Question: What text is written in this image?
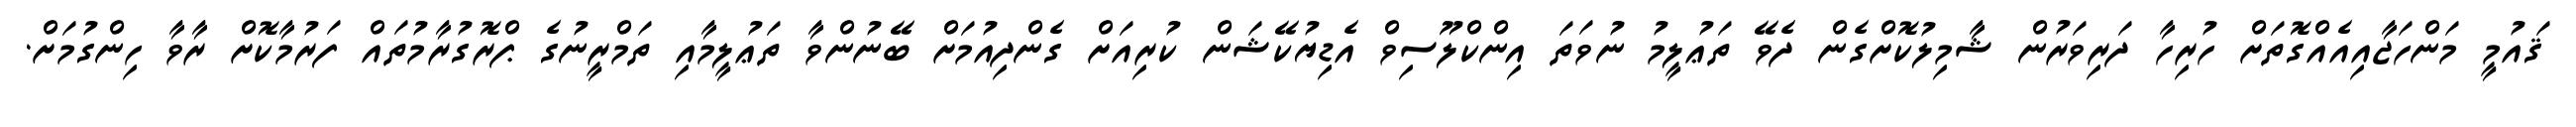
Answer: ޤައުމީ މަންހަޖާއިއެއްގޮތަށް ހުރިހާ ދަރިވަރުން ޝާމިލުކޮށްގެން ދެވޭ ތަޢުލީމު ނުވަތަ އިންކްލޫސިވް އެޑިޔުކޭޝަން ކުރިއަށް ގެންދިއުމަށް ބޭނުންވާ ތަޢުލީމާއި ތަމްރީނުގެ ޕްރޮގުރާމުތައް ފަރުމާކޮށް ރާވާ ހިންގުމަށް.